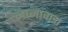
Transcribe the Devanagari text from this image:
नानावाडा